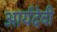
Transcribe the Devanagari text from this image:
आर्यदेवी